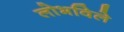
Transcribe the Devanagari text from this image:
लोभविले